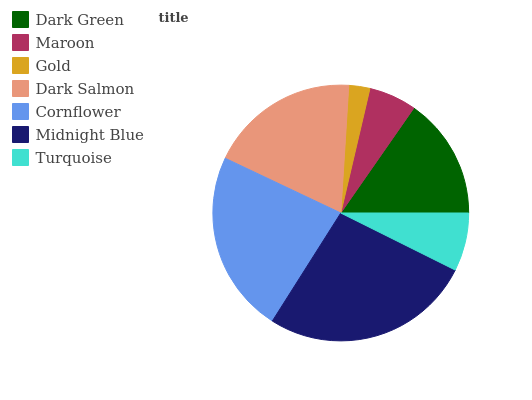
| Dark Green | Maroon | Gold | Dark Salmon | Cornflower | Midnight Blue | Turquoise |
 | --- | --- | --- | --- | --- | --- | --- |
 | 15.3% | 6.02% | 2.66% | 18.9% | 23.1% | 26.6% | 7.36% |